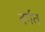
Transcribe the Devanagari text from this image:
वर्गत